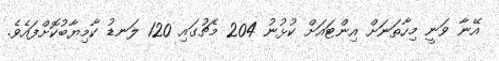
އޭނާ ވަނީ މިހާތަނަށް އިންޓައަށް ކުޅުނު 204 މެޗުގައި 120 ލަނޑު ކާމިޔާބުކޮށްފައެވެ.